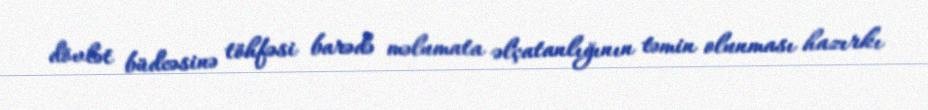
dövlət büdcəsinə töhfəsi barədə məlumata əlçatanlığının təmin olunması hazırkı